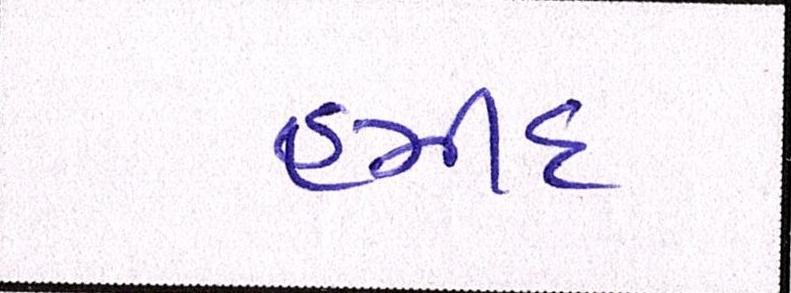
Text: હમીદ